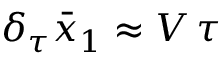
\delta _ { \tau } \bar { x } _ { 1 } \approx V \, \tau